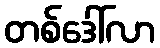
တစ်ဒေါ်လာ